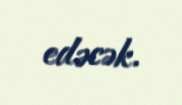
edəcək.